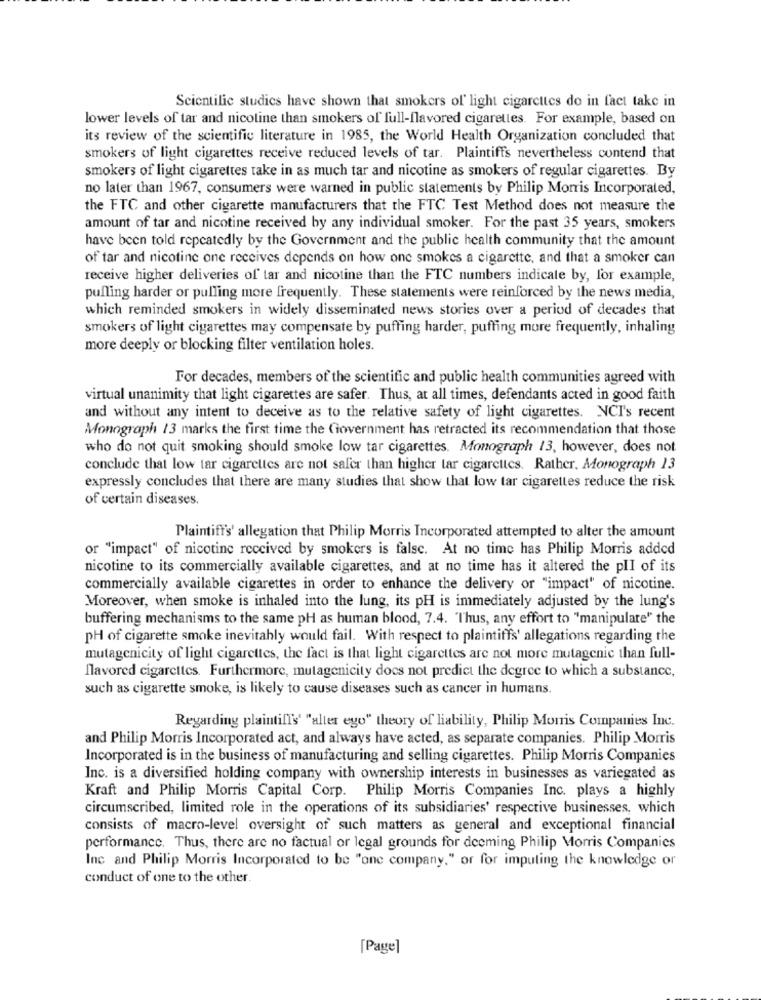
Scientific studies have shown that smokers of light cigarettes do in fact take in
lower levels of tar and nicotine than smokers of full-flavored cigarettes. For example, based on
its review of the scientific literature in 1985, the World Health Organization concluded that
smokers of light cigarettes receive reduced levels of tar. Plaintiffs nevertheless contend that
smokers of light cigarettes take in as much tar and nicotine as smokers of regular cigarettes. By
no later than 1967, consumers were warned in public statements by Philip Morris Incorporated,
the FTC and other cigarette manufacturers that the FTC Test Method does not measure the
amount of tar and nicotine received by any individual smoker. For the past 35 years, smokers
have been told repeatedly by the Government and the public health community that the amount
of tar and nicotine one receives depends on how one smokes a cigarette, and that a smoker can
receive higher deliveries of tar and nicotine than the FTC numbers indicate by, for example,
pulling harder or pulling more frequently. These statements were reinforced by the news media,
which reminded smokers in widely disseminated news stories over a period of decades that
smokers of light cigarettes may compensate by puffing harder, puffing more frequently, inhaling
more deeply or blocking filter ventilation holes.
For decades, members of the scientific and public health communities agreed with
virtual unanimity that light cigarettes are safer. Thus, at all times, defendants acted in good faith
and without any intent to deceive as to the relative safety of light cigarettes. NCI's recent
Monograph 13 marks the first time the Government has retracted its recommendation that those
who do not quit smoking should smoke low tar cigarettes. Monograph 13, however, does not
conclude that low tar cigarettes are not safer than higher tar cigarettes. Rather. Monograph 13
expressly concludes that there are many studies that show that low tar cigarettes reduce the risk
of certain diseases.
Plaintiff's' allegation that Philip Morris Incorporated attempted to alter the amount
or "impact" of nicotine received by smokers is false. At no time has Philip Morris added
nicotine to its commercially available cigarettes, and at no time has it altered the plI of its
commercially available cigarettes in order to enhance the delivery or "impact" of nicotine.
Moreover, when smoke is inhaled into the lung, its pH is immediately adjusted by the lung's
buffering mechanisms to the same pH as human blood, 7.4. "Thus, any effort to "manipulate" the
pH of cigarette smoke inevitably would fail. With respect to plaintiffs' allegations regarding the
mutagenicity of light cigarettes, the fact is that light cigarettes are not more mutagenic than full-
flavored cigarettes. Furthermore, mutagenicity does not predict the degree to which a substance,
such as cigarette smoke, is likely to cause diseases such as cancer in humans.
Regarding plaintill's' "alter ego" theory of liability, Philip Morris Companies Inc.
and Philip Morris Incorporated act, and always have acted, as separate companies. Philip Morris
Incorporated is in the business of manufacturing and selling cigarettes. Philip Morris Companies
Inc. is a diversified holding company with ownership interests in businesses as variegated as
Kraft and Philip Morris Capital Corp. Philip Morris Companies Inc. plays a highly
circumscribed, limited role in the operations of its subsidiaries' respective businesses, which
consists of macro-level oversight of such matters as general and exceptional financial
performance. Thus, there are no factual or legal grounds for decming Philip Morris Companies
Inc and Philip Morris Incorporated to be "one company." or for imputing the knowledge or
conduct of one to the other.
[Page]